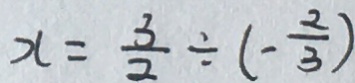
x = \frac { 3 } { 2 } \div ( - \frac { 2 } { 3 } )